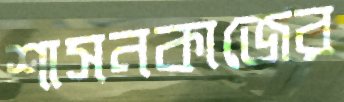
শাসনকাজের